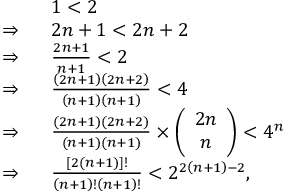
\begin{array} { r l } & { 1 < 2 } \\ { \Rightarrow ~ ~ } & { 2 n + 1 < 2 n + 2 } \\ { \Rightarrow ~ ~ } & { \frac { 2 n + 1 } { n + 1 } < 2 } \\ { \Rightarrow ~ ~ } & { \frac { \left( 2 n + 1 \right) \left( 2 n + 2 \right) } { \left( n + 1 \right) \left( n + 1 \right) } < 4 } \\ { \Rightarrow ~ ~ } & { \frac { \left( 2 n + 1 \right) \left( 2 n + 2 \right) } { \left( n + 1 \right) \left( n + 1 \right) } \times \left( \begin{array} { c } { 2 n } \\ { n } \end{array} \right) < 4 ^ { n } } \\ { \Rightarrow ~ ~ } & { \frac { \left[ 2 \left( n + 1 \right) \right] ! } { \left( n + 1 \right) ! \left( n + 1 \right) ! } < 2 ^ { 2 \left( n + 1 \right) - 2 } , } \end{array}